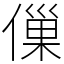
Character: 㑿